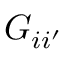
G _ { i i ^ { \prime } }